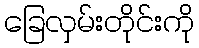
ခြေလှမ်းတိုင်းကို